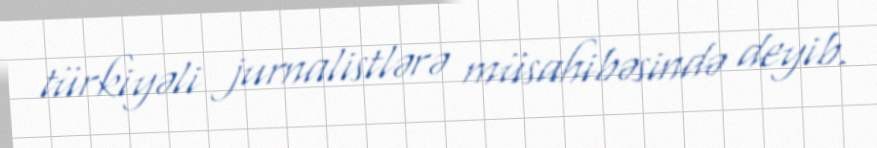
türkiyəli jurnalistlərə müsahibəsində deyib.